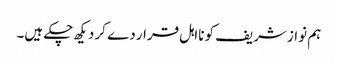
ہم نواز شریف کو نااہل قرار دے کر دیکھ چکے ہیں۔